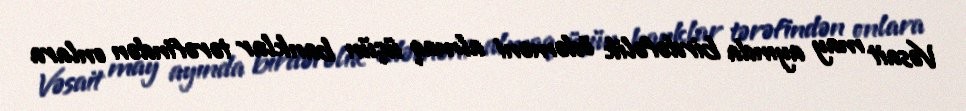
Vəsait may ayında birdəfəlik ödəməni almaq üçün banklar tərəfindən onlara